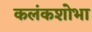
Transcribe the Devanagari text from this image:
कलंकशोभा